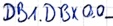
Text: DB1.DBX0.0